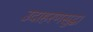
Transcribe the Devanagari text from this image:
उदाहरणसुद्धा